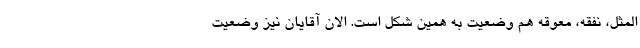
المثل، نفقه، معوقه هم وضعیت به همین شکل است. الان آقایان نیز وضعیت